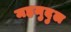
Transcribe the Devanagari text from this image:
महमुदुल